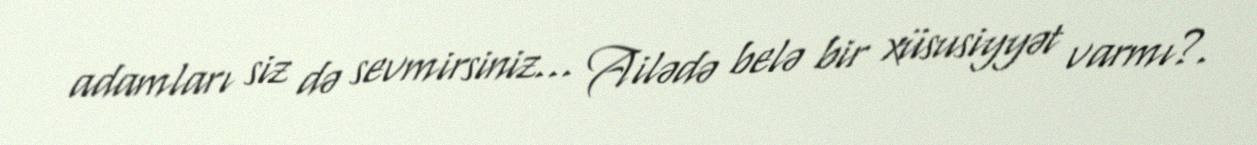
adamları siz də sevmirsiniz... Ailədə belə bir xüsusiyyət varmı?.